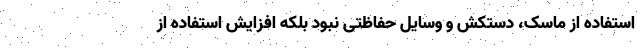
استفاده از ماسک، دستکش و وسایل حفاظتی نبود بلکه افزایش استفاده از